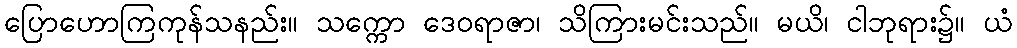
ပြောဟောကြကုန်သနည်း။ သက္ကော ဒေဝရာဇာ၊ သိကြားမင်းသည်။ မယိ၊ ငါဘုရား၌။ ယံ